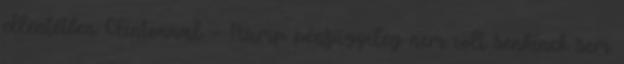
ellentétben Clintonnal – Trump pénzügyileg nem volt senkinek sem